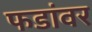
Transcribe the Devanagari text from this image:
फडांवर